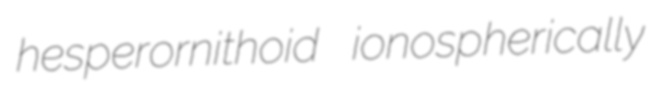
hesperornithoid ionospherically